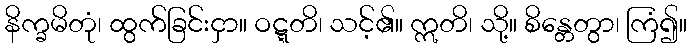
နိက္ခမိတုံ၊ ထွက်ခြင်းငှာ။ ဝဋ္ဋတိ၊ သင့်၏။ ဣတိ၊ သို့။ စိန္တေတွာ၊ ကြံ၍။